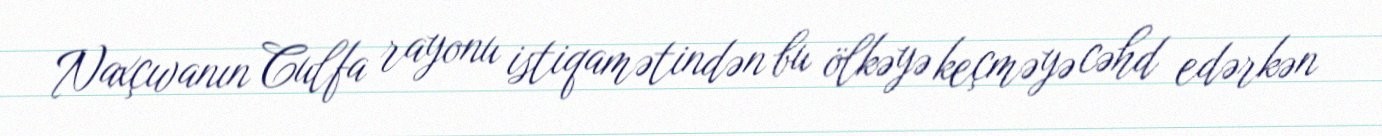
Naxçıvanın Culfa rayonu istiqamətindən bu ölkəyə keçməyə cəhd edərkən